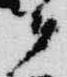
候